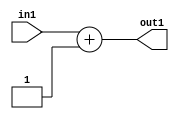
`timescale 1ps / 1ps
/*****************************************************************************
    Verilog RTL Description
    
    
    Created by: Stratus DpOpt 21.05.01 
*******************************************************************************/

module dut_Add_32U_65_4 (
	in1,
	out1
	); /* architecture "behavioural" */ 
input [31:0] in1;
output [31:0] out1;
wire [31:0] asc001;

assign asc001 = 
	+(in1)
	+(32'B00000000000000000000000000000001);

assign out1 = asc001;
endmodule

/* CADENCE  ubD4TAw= : u9/ySxbfrwZIxEzHVQQV8Q== ** DO NOT EDIT THIS LINE ******/